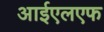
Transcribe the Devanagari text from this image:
आईएलएफ